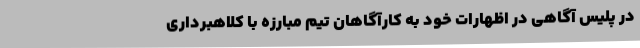
در پلیس آگاهی در اظهارات خود به کارآگاهان تیم مبارزه با کلاهبرداری